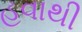
હવાથી